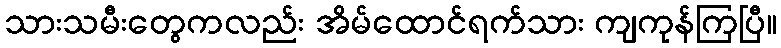
သားသမီးတွေကလည်း အိမ်ထောင်ရက်သား ကျကုန်ကြပြီ။